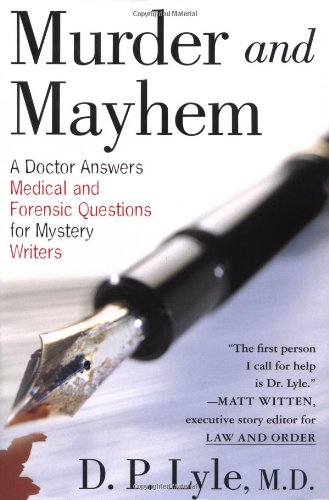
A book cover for Murder and Mayhem: A Doctor Answers Medical and Forensic Questions for Mystery Writers; D. P. Lyle; Mystery, Thriller & Suspense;